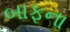
બાફના